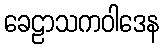
ခေဠာသကဝါဒေန